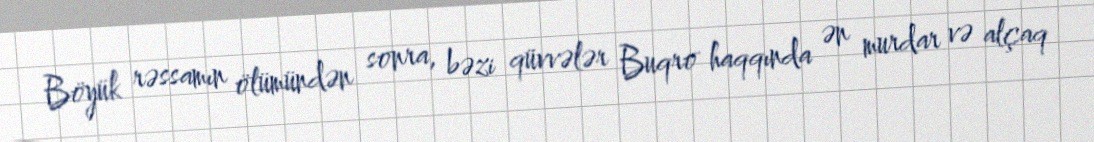
Böyük rəssamın ölümündən sonra, bəzi qüvvələr Buqro haqqında ən murdar və alçaq